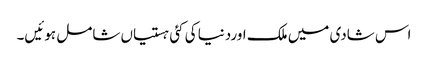
اس شادی میں ملک اوردنیا کی کئی ہستیاں شامل ہوئیں۔